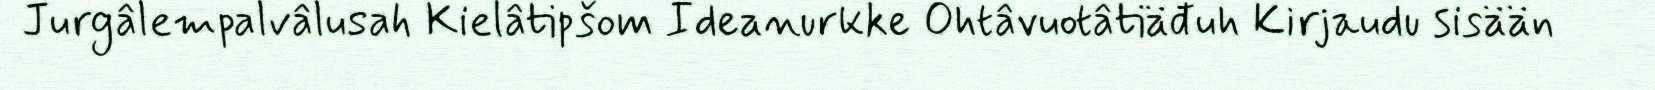
Jurgâlempalvâlusah Kielâtipšom Ideanurkke Ohtâvuotâtiäđuh Kirjaudu sisään